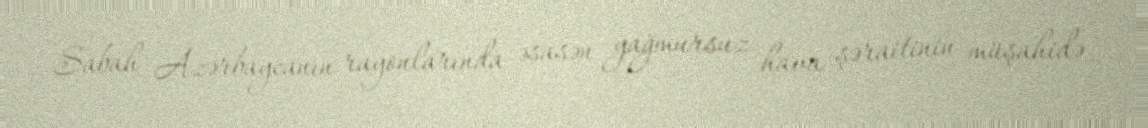
Sabah Azərbaycanın rayonlarında əsasən yağmursuz hava şəraitinin müşahidə